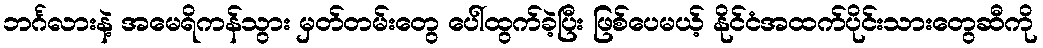
ဘင်္ဂလားနဲ့ အမေရိကန်သွား မှတ်တမ်းတွေ ပေါ်ထွက်ခဲ့ပြီး ဖြစ်ပေမယ့် နိုင်ငံအထက်ပိုင်းသားတွေဆီကို